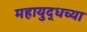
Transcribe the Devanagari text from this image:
महायुद्धच्या